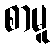
စာမူ